Vaccination returns of the Province of Eastern Bengal and Assam - 1905-1912
Year: 1905
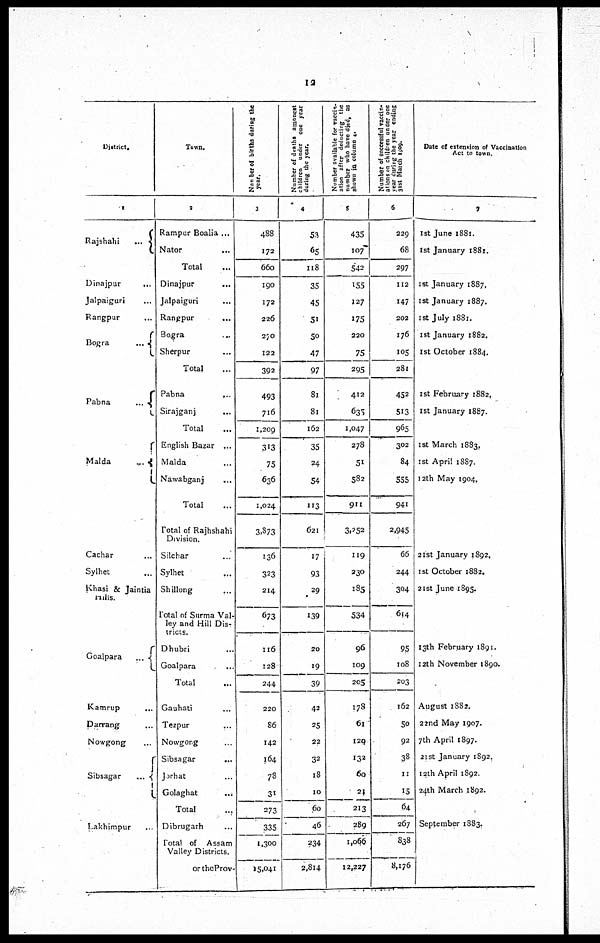
12
District.
1
Rajshahi
...
Dinajpur
...
Jalpaiguri ...
Rangpur ...
Bogra
...
Pabna
...
Malda
...
Cachar ...
Sylhet ...
Khasi & Jaintia
Hills.
Goalpara
...
Kamrup
...
Darrang ...
Nowgong ...
Sibsagar
...
Lakhimpur
...
Town.
2
Rampur Boalia ...
Nator
...
Total ...
Dinajpur ...
Jalpaiguri ...
Rangpur
...
Bagra ...
Sherpur ...
Total ...
Pabna
...
Sirajganj ...
Total ...
English Bazar ...
Malda ...
Nawabganj ...
Total ...
Total of Rajhshahi
Division.
Silchar ...
Sylhet ...
Shillong ...
Total of Surma Val-
ley and Hill Dis-
tricts.
Dhubri ...
Goalpara ...
Total
...
Gauhati ...
Tezpur ...
Nowgong ...
Sibsagar ...
Jorhat ...
Golaghat
...
Total
...
Dibrugarh ...
Total of Assam
Valley Districts.
or theProv¬
Number of births during the
year.
3
488
172
660
190
172
226
270
122
392
493
716
1,209
313
75
636
1,024
3,873
136
323
214
673
116
128
244
220
86
142
164
78
31
273
335
1,300
15,041
Number of deaths amongest
children under one year
during the year.
4
53
65
118
35
45
51
50
47
97
81
81
162
35
24
54
113
621
17
93
29
139
20
19
39
42
25
22
32
18
10
60
46
234
2,814
Number available for vaccin-
ation after deducting the
number who have died, as
shown in column 4.
5
435
107
542
155
127
175
220
75
295
412
635
1,047
278
51
582
911
3,252
119
230
185
534
96
109
205
178
61
129
132
60
21
213
289
1,066
12,227
Number of successful vaccin-
ations on children under one
year during the year ending
31st Match 1909.
6
229
68
297
112
147
202
176
105
281
452
513
965
302
84
555
941
2,945
66
244
304
614
95
108
203
162
50
92
38
11
15
64
267
838
8,176
Date of extension of Vaccination
Act to town.
9
1st June 1881.
1st January 1881.
1st January 1887.
1st January 1887.
1st July 1881.
1st January 1882.
1st October 1884.
1st February 1882.
1st January 1887.
1st March 1883.
1st April 1887.
12th May 1904.
21st January 1892.
1st October 1882.
21st June 1895.
13th February 1891.
12th November 1890.
August 1882.
22nd May 1907.
7th April 1897.
21st January 1892.
13th April 1892.
24th March 1892.
September 1883.